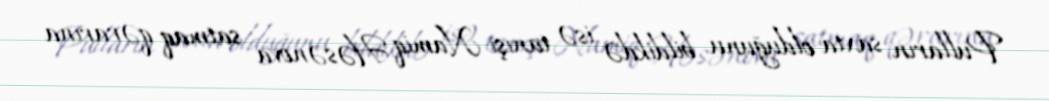
Pulların saxta olduğunu bildikdə isə tanışı Namiq Həsənova satmaq qərarına